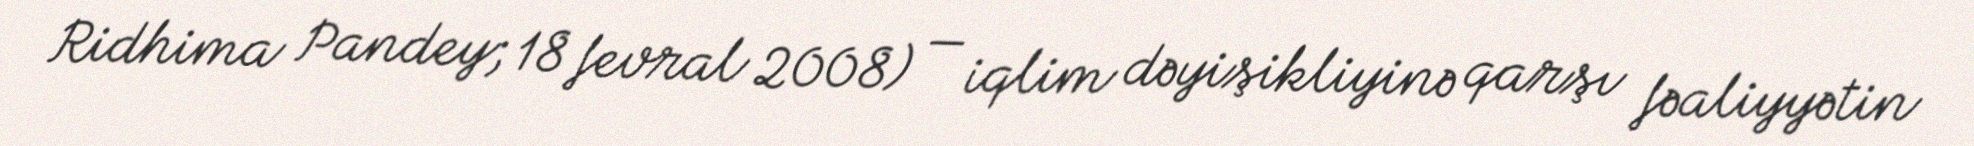
Ridhima Pandey; 18 fevral 2008) — iqlim dəyişikliyinə qarşı fəaliyyətin